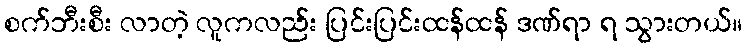
စက်ဘီးစီး လာတဲ့ လူကလည်း ပြင်းပြင်းထန်ထန် ဒဏ်ရာ ရ သွားတယ်။